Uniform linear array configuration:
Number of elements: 48
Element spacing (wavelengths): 0.5
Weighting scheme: exponential
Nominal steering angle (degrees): -15
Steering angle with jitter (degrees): -15.635
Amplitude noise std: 0.05
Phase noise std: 0.05

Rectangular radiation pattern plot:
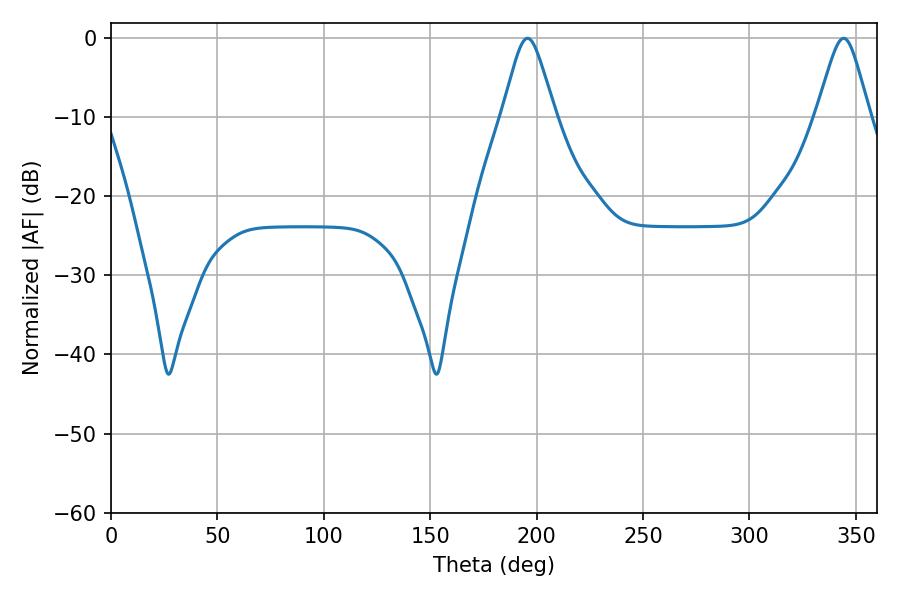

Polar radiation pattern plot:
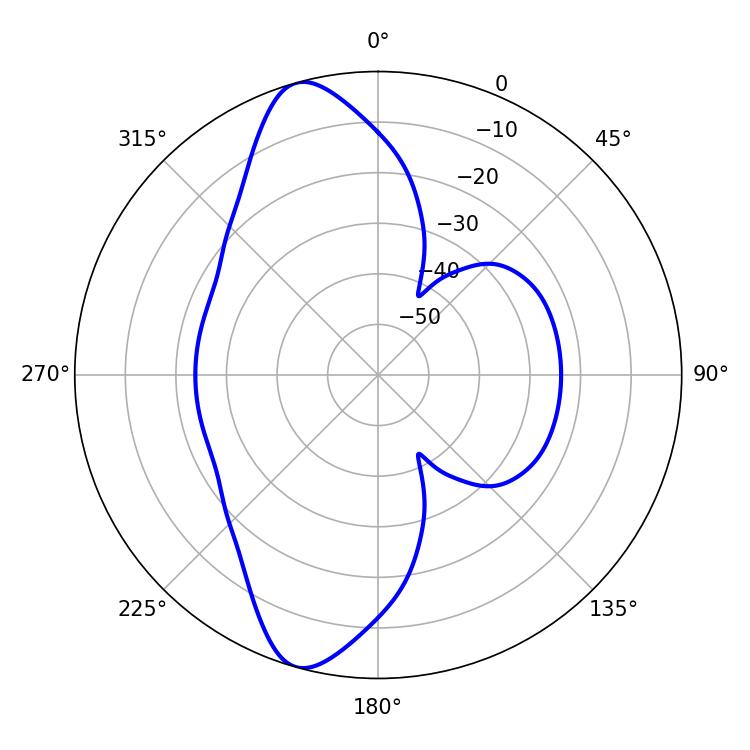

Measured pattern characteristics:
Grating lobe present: FALSE
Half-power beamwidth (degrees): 11.88
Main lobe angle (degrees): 195.66